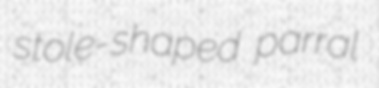
stole-shaped parral